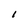
Character: l